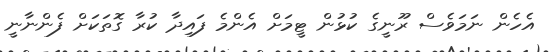
އެހެން ނަަމަވެސް ރޫނީގެ ކުޅުން ޓީމަށް އެންމެ ފައިދާ ކުރާ ގޮތަކަށް ފެންނާނީ